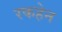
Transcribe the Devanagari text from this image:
रकहेन